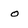
Character: o